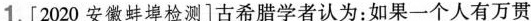
1. [2020安徽蚌埠检测]古希腊学者认为：如果一个人有万贯